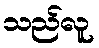
သည်လူ